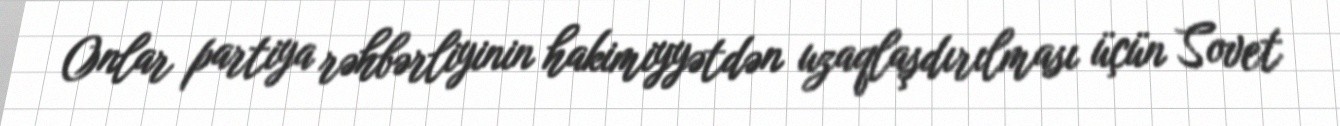
Onlar partiya rəhbərliyinin hakimiyyətdən uzaqlaşdırılması üçün Sovet